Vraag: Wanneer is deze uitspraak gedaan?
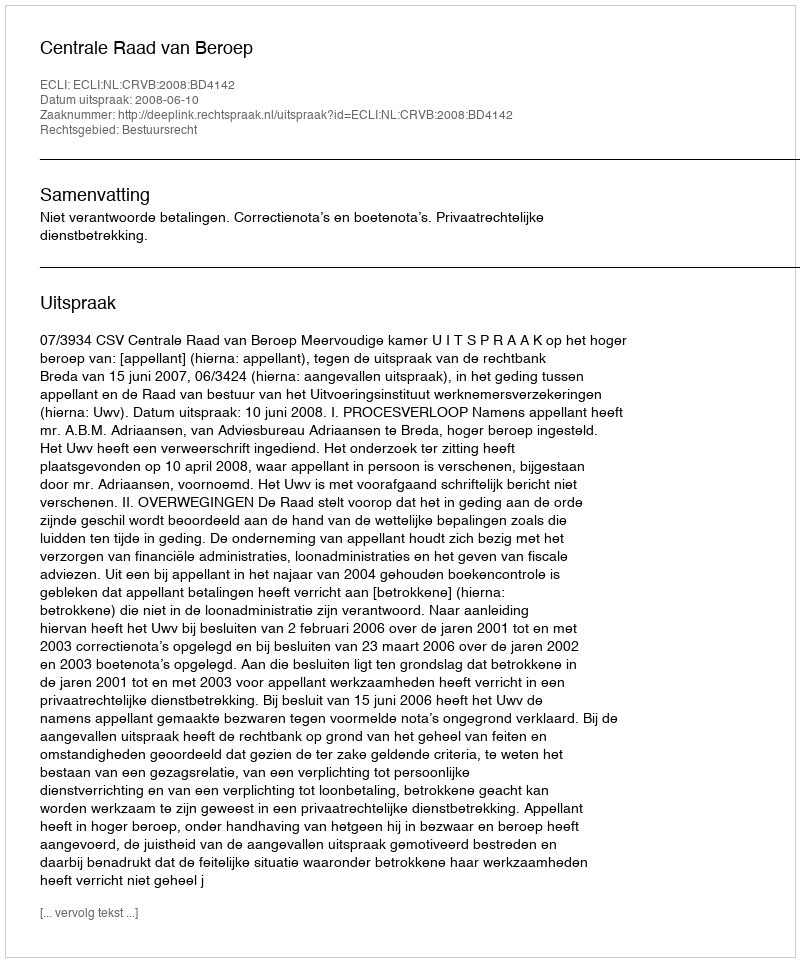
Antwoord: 2008-06-10